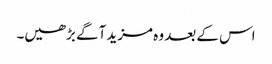
اس کے بعد وہ مزید آگے بڑھیں۔